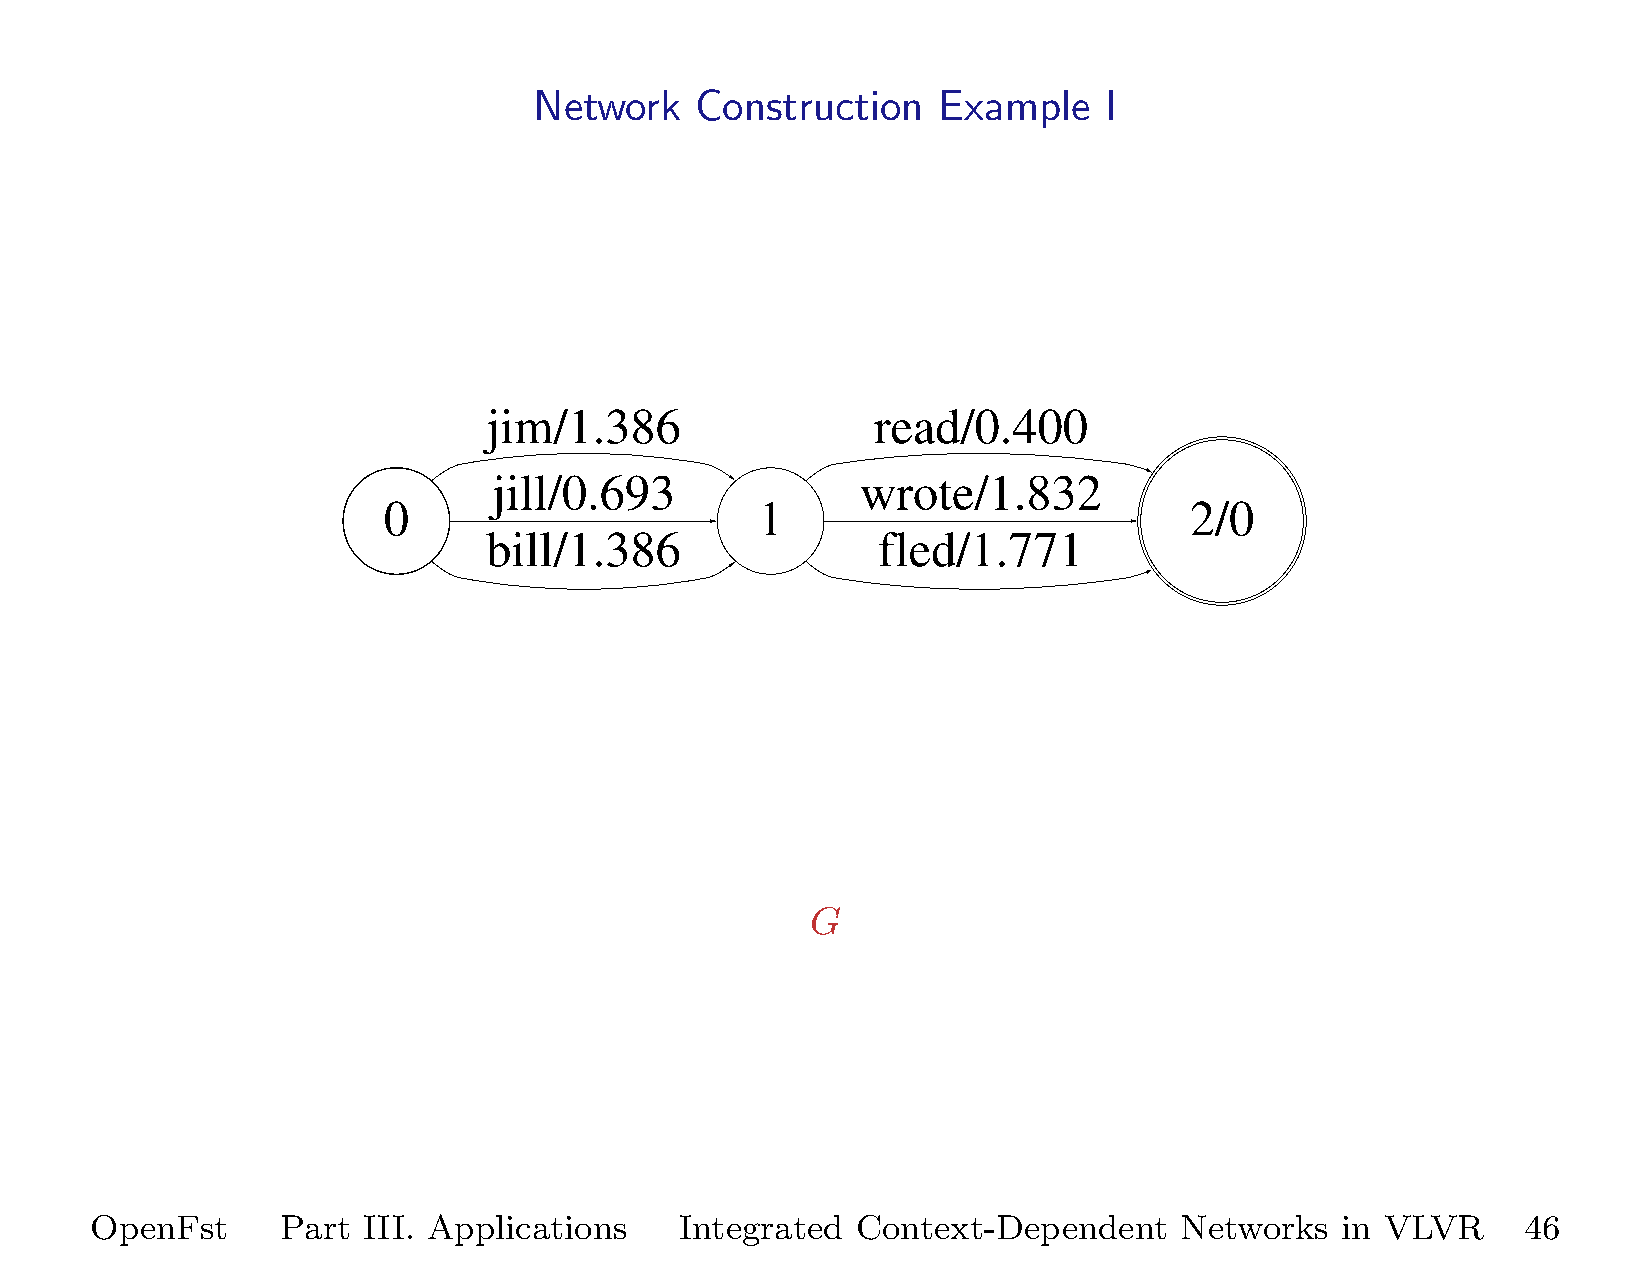
Network    Construction    Example    I
 jim/1.386                 read/0.400
 jill/0.693              wrote/1.832
 0                        1                            2/0
 bill/1.386                fled/1.771
 G
 OpenFst      Part III. Applications    Integrated  Context-Dependent    Networks   in VLVR     46